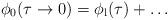
LaTeX: \begin{align*}\phi _0(\tau \to 0)=\phi_{\rm l}(\tau )+\ldots \end{align*}